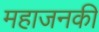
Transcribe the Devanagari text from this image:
महाजनकी